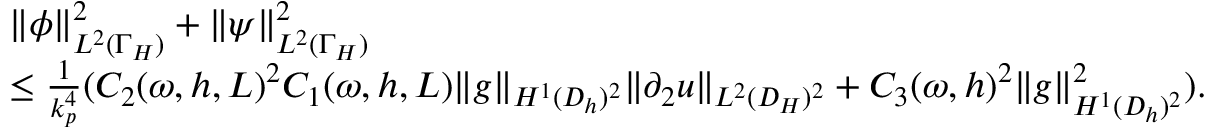
\begin{array} { r l } & { \| \phi \| _ { L ^ { 2 } ( \Gamma _ { H } ) } ^ { 2 } + \| \psi \| _ { L ^ { 2 } ( \Gamma _ { H } ) } ^ { 2 } } \\ & { \le \frac { 1 } { k _ { p } ^ { 4 } } ( C _ { 2 } ( \omega , h , L ) ^ { 2 } C _ { 1 } ( \omega , h , L ) \| g \| _ { H ^ { 1 } ( D _ { h } ) ^ { 2 } } \| \partial _ { 2 } u \| _ { L ^ { 2 } ( D _ { H } ) ^ { 2 } } + C _ { 3 } ( \omega , h ) ^ { 2 } \| g \| _ { H ^ { 1 } ( D _ { h } ) ^ { 2 } } ^ { 2 } ) . } \end{array}